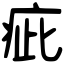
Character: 疵